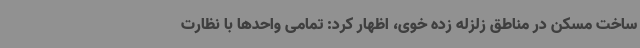
ساخت مسکن در مناطق زلزله زده خوی، اظهار کرد: تمامی واحدها با نظارت